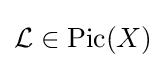
{\mathcal {L}}\in {\text{Pic}}(X)